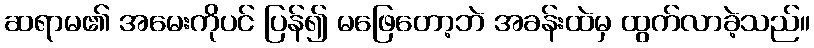
ဆရာမ၏ အမေးကိုပင် ပြန်၍ မဖြေတော့ဘဲ အခန်းထဲမှ ထွက်လာခဲ့သည်။